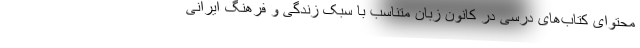
محتوای کتاب‌های درسی در کانون زبان متناسب با سبک زندگی و فرهنگ ایرانی